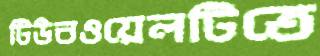
টিউবওয়েলটিতে